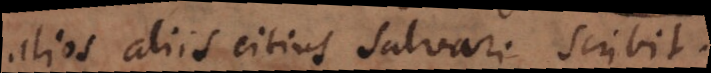
liis citius salvari scribit.